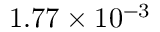
1 . 7 7 \times 1 0 ^ { - 3 }